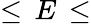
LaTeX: \leq\, E\, \leq